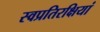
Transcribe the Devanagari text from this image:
स्वप्रतिरक्षियां